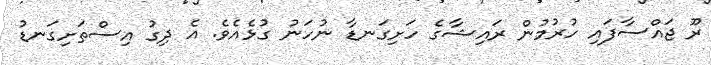
ރޫ ޖައްސާފައި ހުރުމުން ރައިޝާގެ ހަށިގަނޑާ ނުހަނު ގުޅެއެވެ. އެ ދިގު އިސްތަށިގަނޑު